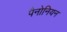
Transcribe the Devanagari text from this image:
पैनोनियन